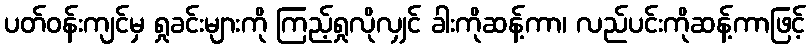
ပတ်ဝန်းကျင်မှ ရှုခင်းများကို ကြည့်ရှုလိုလျှင် ခါးကိုဆန့်ကာ၊ လည်ပင်းကိုဆန့်ကာဖြင့်